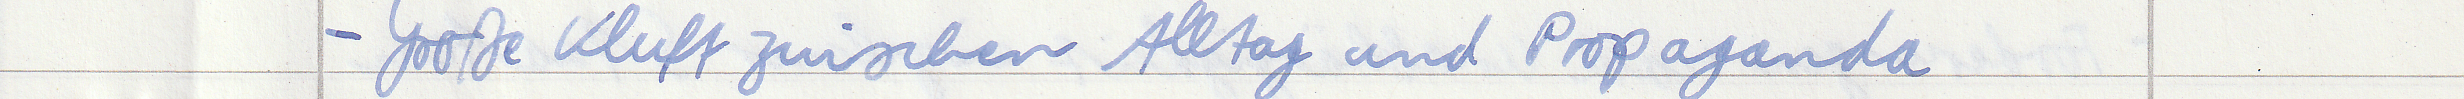
- Große Kluft zwischen Alltag und Propaganda